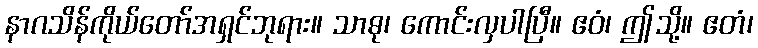
နာဂသိန်ကိုယ်တော်အရှင်ဘုရား။ သာဓု၊ ကောင်းလှပါပြီ။ ဧဝံ၊ ဤသို့။ ဧတံ၊